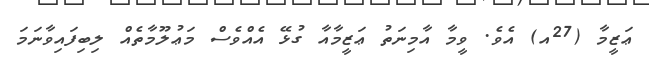
ޢަޒީމާ (27އ) އެވެ. ވީމާ އާމިނަތު ޢަޒީމާއާ ގުޅޭ އެއްވެސް މަޢުލޫމާތެއް ލިބިފައިވާނަމަ